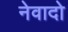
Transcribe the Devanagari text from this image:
नेवादो